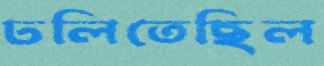
ঢলিতেছিল